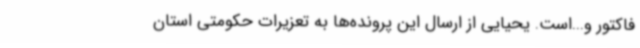
فاکتور و...است. یحیایی از ارسال این پرونده‌ها به تعزیرات حکومتی استان